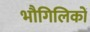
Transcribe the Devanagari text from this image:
भौगिलिकों